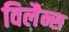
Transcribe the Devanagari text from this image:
विलैन्स